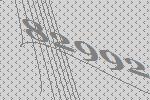
82992